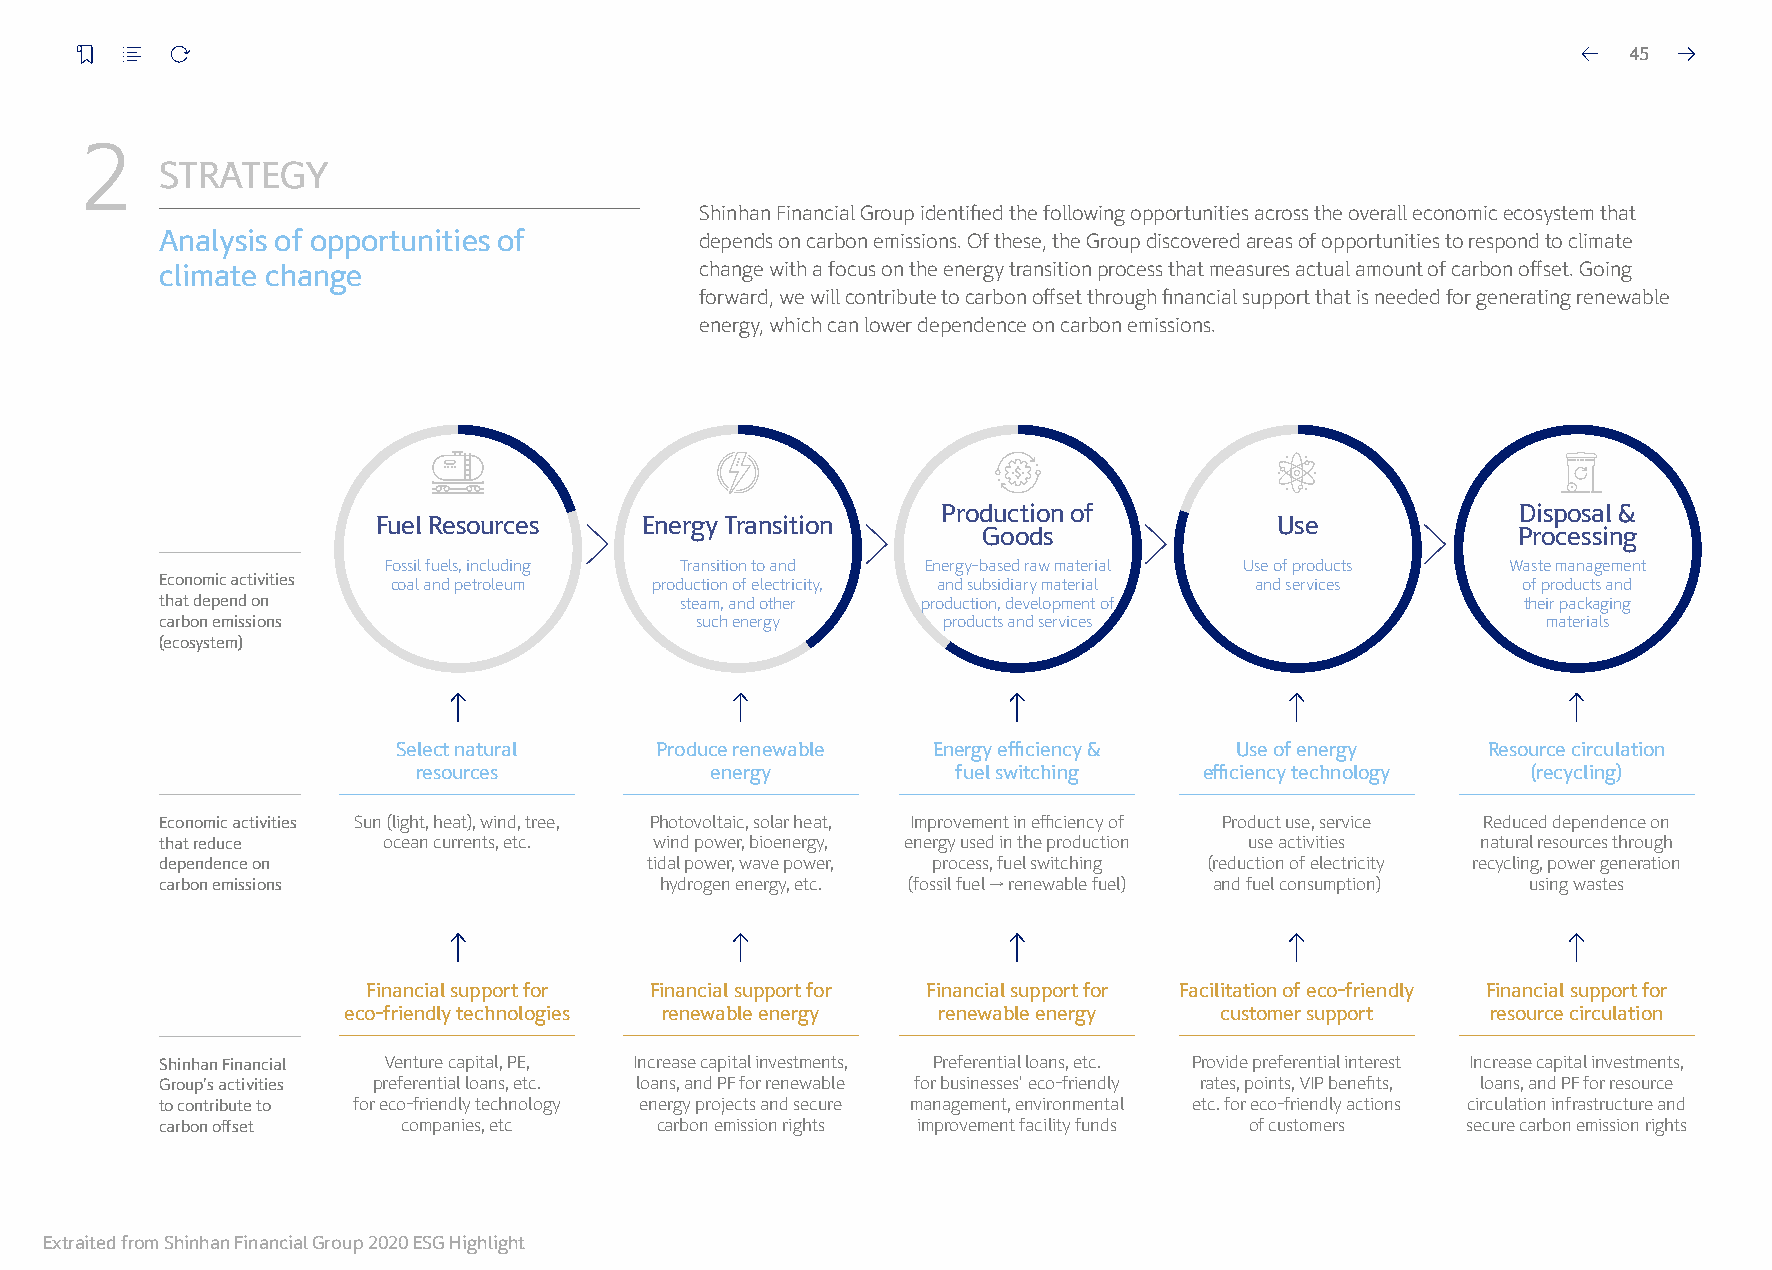
45
 2
 STRATEGY
 Shinhan Financial Group identified the following opportunities across the overall economic ecosystem that
 Analysis of opportunities of       depends on carbon emissions. Of these, the Group discovered areas of opportunities to respond to climate
 climate change                     change with a focus on the energy transition process that measures actual amount of carbon offset. Going
 forward, we will contribute to carbon offset through financial support that is needed for generating renewable
 energy, which can lower dependence on carbon emissions.
 Production of                          Disposal &
 Fuel Resources    Energy Transition                         Use
 Goods                               Processing
 Fossil fuels, including Transition to and Energy-based raw material Use of products Waste management
 Economic activities coal and petroleum production of electricity, and subsidiary material and services of products and
 that depend on                    steam, and other production, development of             their packaging
 carbon emissions                   such energy     products and services                   materials
 (ecosystem)
 Select natural   Produce renewable  Energy efficiency & Use of energy   Resource circulation
 resources          energy          fuel switching   efficiency technology (recycling)
 Economic activities Sun (light, heat), wind, tree, Photovoltaic, solar heat, Improvement in efficiency of Product use, service Reduced dependence on
 that reduce   ocean currents, etc. wind power, bioenergy, energy used in the production use activities natural resources through
 dependence on                   tidal power, wave power, process, fuel switching (reduction of electricity recycling, power generation
 carbon emissions                 hydrogen energy, etc. (fossil fuel → renewable fuel) and fuel consumption) using wastes
 Financial support for Financial support for Financial support for Facilitation of eco-friendly Financial support for
 eco-friendly technologies renewable energy renewable energy customer support resource circulation
 Shinhan Financial Venture capital, PE, Increase capital investments, Preferential loans, etc. Provide preferential interest Increase capital investments,
 Group’s activities preferential loans, etc. loans, and PF for renewable for businesses’ eco-friendly rates, points, VIP benefits, loans, and PF for resource
 to contribute to for eco-friendly technology energy projects and secure management, environmental etc. for eco-friendly actions circulation infrastructure and
 carbon offset   companies, etc  carbon emission rights improvement facility funds of customers secure carbon emission rights
 Extraited from Shinhan Financial Group 2020 ESG Highlight